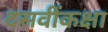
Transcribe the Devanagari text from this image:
दसवींकक्षा